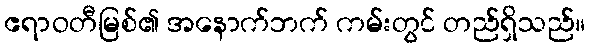
ဧရာဝတီမြစ်၏ အနောက်ဘက် ကမ်းတွင် တည်ရှိသည်။